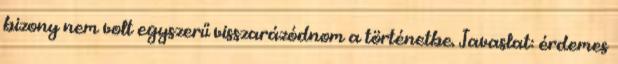
bizony nem volt egyszerű visszarázódnom a történetbe. Javaslat: érdemes